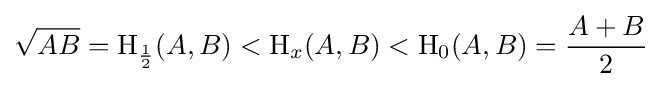
{\sqrt {AB}}=\operatorname {H} _{\frac {1}{2}}(A,B)<\operatorname {H} _{x}(A,B)<\operatorname {H} _{0}(A,B)={\frac {A+B}{2}}